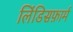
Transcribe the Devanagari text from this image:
लिंडिसफ़ार्म